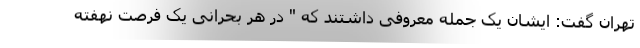
تهران گفت: ایشان یک جمله معروفی داشتند که " در هر بحرانی یک فرصت نهفته